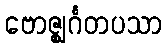
ဗောဇ္ဈင်္ဂတပသာ